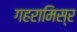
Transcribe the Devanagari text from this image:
गहरामिस्र